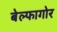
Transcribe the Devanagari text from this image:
बेल्फागोर